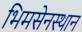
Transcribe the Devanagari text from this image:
भिमसेनस्थान